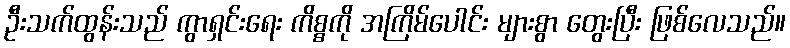
ဦးသက်ထွန်းသည် ကွာရှင်းရေး ကိစ္စကို အကြိမ်ပေါင်း များစွာ တွေးပြီး ဖြစ်လေသည်။